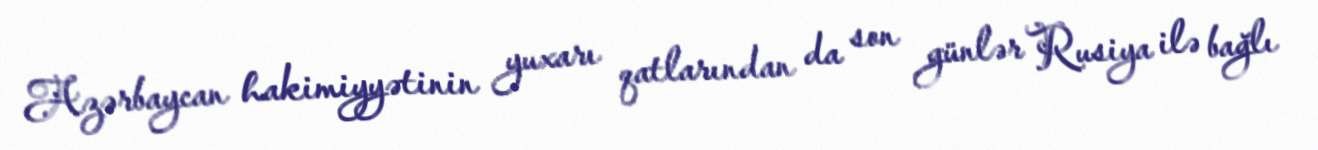
Azərbaycan hakimiyyətinin yuxarı qatlarından da son günlər Rusiya ilə bağlı